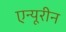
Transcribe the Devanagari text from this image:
एन्यूरीन